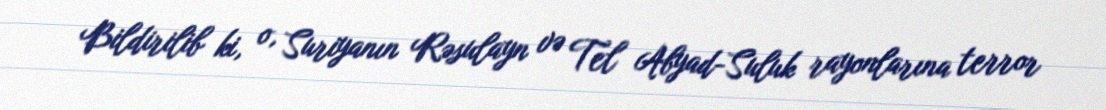
Bildirilib ki, o, Suriyanın Rəsulayn və Tel Abyad-Suluk rayonlarına terror